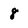
Character: 8